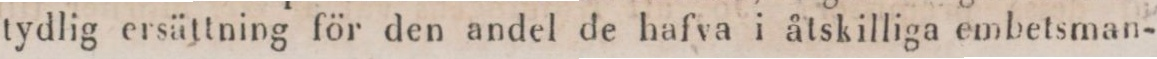
tydlig ersättning för den andel de hafva i åtskilliga embetsman-